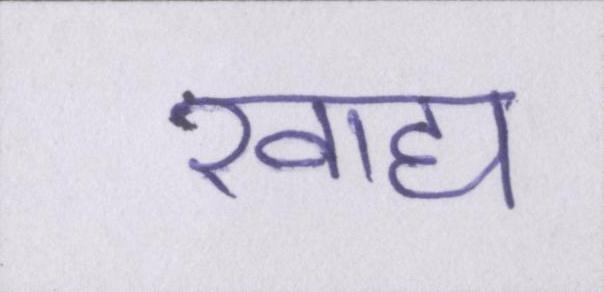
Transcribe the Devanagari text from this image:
खाद्य